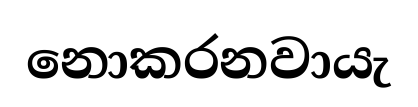
නොකරනවායැ